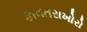
કાવતરાખોરો